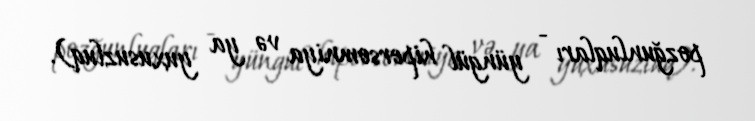
pozğunluqları - yüngül hipersomniya və ya yuxusuzluq).